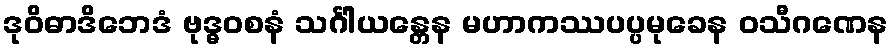
ဒုဝိဓာဒိဘေဒံ ဗုဒ္ဓဝစနံ သင်္ဂါယန္တေန မဟာကဿပပ္ပမုခေန ဝသီဂဏေန